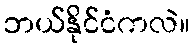
ဘယ်နိုင်ငံကလဲ။